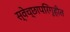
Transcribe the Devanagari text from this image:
स्वेच्छापरिगृहीत